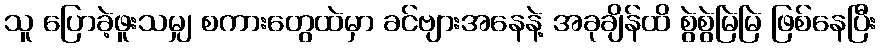
သူ ပြောခဲ့ဖူးသမျှ စကားတွေထဲမှာ ခင်ဗျားအနေနဲ့ အခုချိန်ထိ စွဲစွဲမြဲမြဲ ဖြစ်နေပြီး